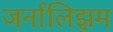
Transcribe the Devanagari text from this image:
जर्नालिझम